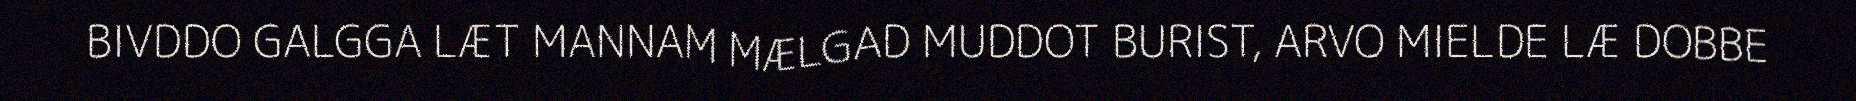
BIVDDO GALGGA LÆT MANNAM MÆLGAD MUDDOT BURIST, ARVO MIELDE LÆ DOBBE